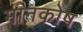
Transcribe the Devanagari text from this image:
मानकोष